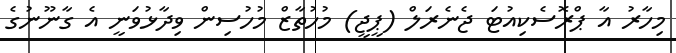
މިހާރު އާ ޕްރޮސެކިއުޓަ ޖެނެރަލް (ޕީޖީ) މުހުތާޒް މުހުސިން ވިދާޅުވަނީ އެ ގާނޫނުގެ